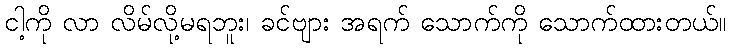
ငါ့ကို လာ လိမ်လို့မရဘူး၊ ခင်ဗျား အရက် သောက်ကို သောက်ထားတယ်။